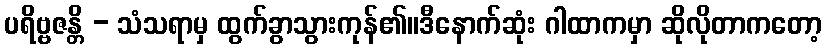
ပရိဗ္ဗဇန္တိ - သံသရာမှ ထွက်ခွာသွားကုန်၏။ဒီနောက်ဆုံး ဂါထာကမှာ ဆိုလိုတာကတော့